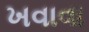
ખવાવા